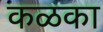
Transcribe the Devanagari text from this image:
कळका